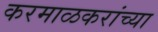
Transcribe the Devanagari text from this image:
करमाळकरांच्या